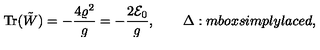
\mathrm { T r } ( \tilde { W } ) = - { \frac { 4 \varrho ^ { 2 } } { g } } = - { \frac { 2 { \cal E } _ { 0 } } { g } } , \qquad \Delta : m b o x { s i m p l y l a c e d } ,